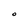
Character: O